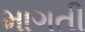
માગતી